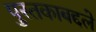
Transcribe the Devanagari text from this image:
पुस्तकाबद्दले